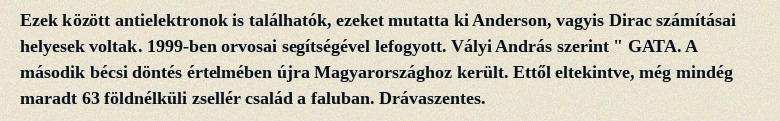
Ezek között antielektronok is találhatók, ezeket mutatta ki Anderson, vagyis Dirac számításai helyesek voltak. 1999-ben orvosai segítségével lefogyott. Vályi András szerint " GATA. A második bécsi döntés értelmében újra Magyarországhoz került. Ettől eltekintve, még mindég maradt 63 földnélküli zsellér család a faluban. Drávaszentes.